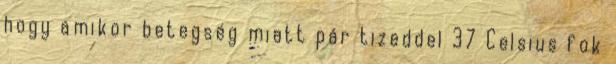
hogy amikor betegség miatt pár tizeddel 37 Celsius fok